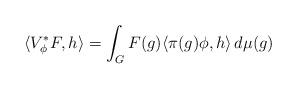
LaTeX: \begin{align*}\langle V^\ast_\phi F, h \rangle = \int_G F(g) \langle \pi(g)\phi, h \rangle \,d\mu(g)\end{align*}